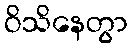
ဝိသိနေတွာ